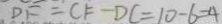
D F = C F - D C = 1 0 - 6 = 4